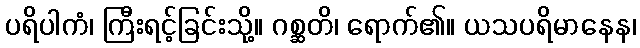
ပရိပါကံ၊ ကြီးရင့်ခြင်းသို့။ ဂစ္ဆတိ၊ ရောက်၏။ ယသပရိမာနေန၊